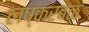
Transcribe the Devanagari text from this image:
लष्करबळ